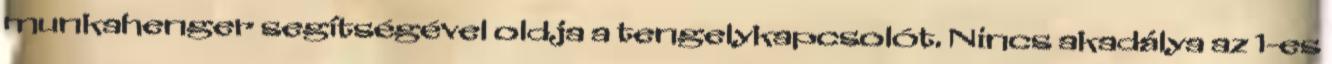
munkahenger segítségével oldja a tengelykapcsolót. Nincs akadálya az 1-es